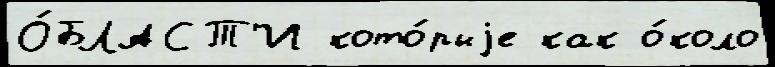
О́БЛАСТ'И кото́рыjе как о́коло